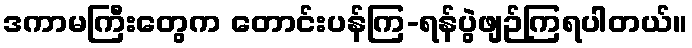
ဒကာမကြီးတွေက တောင်းပန်ကြ-ရန်ပွဲဖျဉ်ကြရပါတယ်။